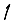
Digit: 1